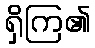
ရှိကြ၏